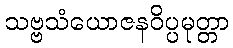
သဗ္ဗသံယောဇနဝိပ္ပမုတ္တာ